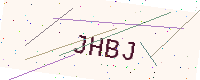
Text: JHBJ